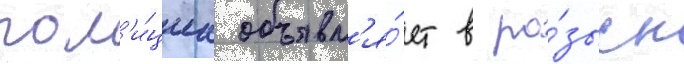
пол'и́циа объявл'я́ет в ро́зыск